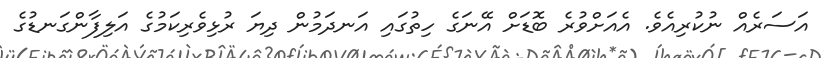
އަސަރެއް ނުކުރިއެވެ. އެއަށްވުރެ ބޮޑަށް އޭނަގެ ހިތުގައި އަނދަމުން ދިޔަ ރުޅިވެރިކަމުގެ އަލިފާންގަނޑުގެ